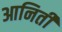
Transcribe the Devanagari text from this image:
आनिती